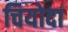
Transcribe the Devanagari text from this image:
चियोदा